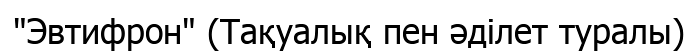
"Эвтифрон" (Тақуалық пен әділет туралы)